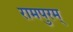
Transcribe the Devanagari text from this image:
रामपुरम्